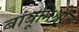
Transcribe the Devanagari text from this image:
बांबूमिश्रीत